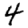
Digit: 4